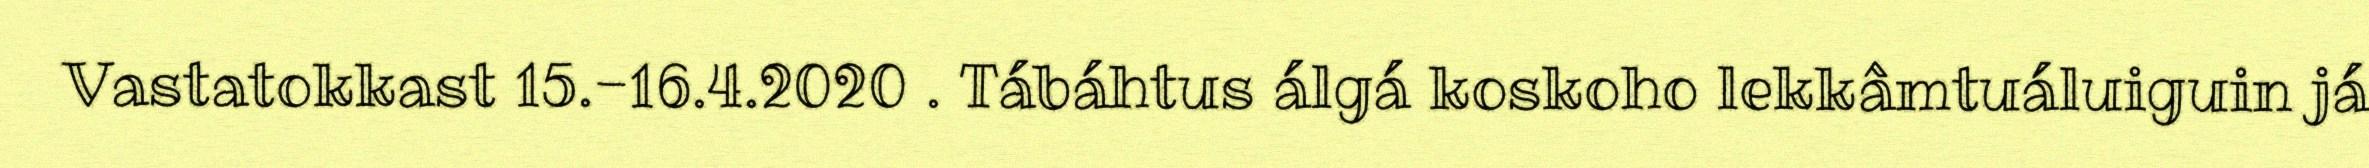
Vastatokkast 15.-16.4.2020 . Tábáhtus álgá koskoho lekkâmtuáluiguin já